Lunatic asylums Bombay report 1878-1890 - 1878-1890
Year: 1878
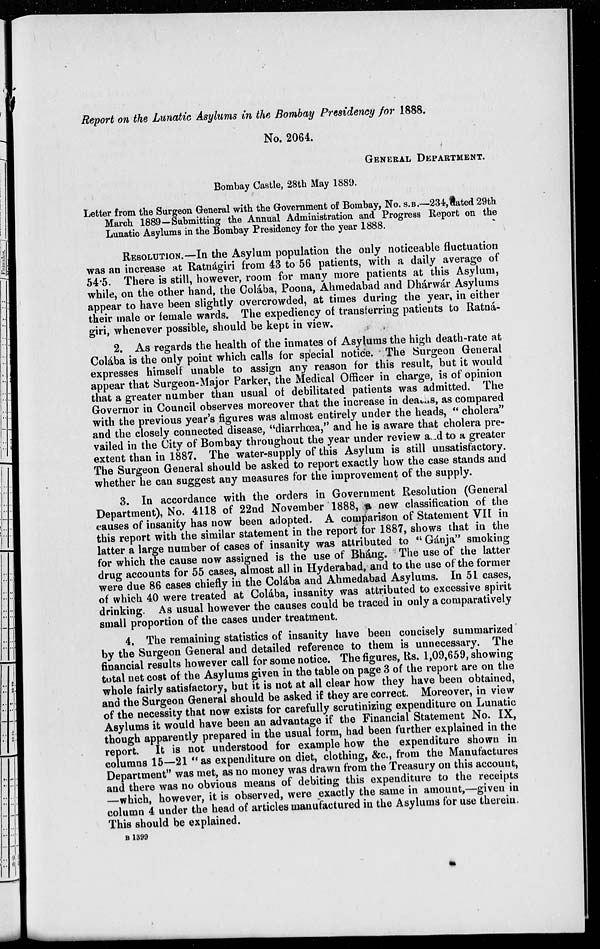
Report on the Lunatic Asylums in the Bombay Presidency for 1888.
No. 2064.
GENERAL DEPARTMENT.
Bombay Castle, 28th May 1889.
Letter from the Surgeon General with the Government of Bombay, No. S.B.—234, dated 29th
March 1889—Submitting the Annual Administration and Progress Report on the
Lunatic Asylums in the Bombay Presidency for the year 1888.
RESOLUTION.—In the Asylum population the only noticeable fluctuation
was an increase at Ratnágiri from 43 to 56 patients, with a daily average of
54.5. There is still, however, room for many more patients at this Asylum,
while, on the other hand, the Colába, Poona, Ahmedabad and Dhárwár Asylums
appear to have been slightly overcrowded, at times during the year, in either
their male or female wards. The expediency of transferring patients to Ratná-
giri, whenever possible, should be kept in view.
2. As regards the health of the inmates of Asylums the high death-rate at
Cotába is the only point which calls for special notice. The Surgeon General
expresses himself unable to assign any reason for this result, but it would
appear that Surgeon-Major Parker, the Medical Officer in charge, is of opinion
that a greater number than usual of debilitated patients was admitted. The
Governor in Council observes moreover that the increase in deaths, as compared
with the previous year's figures was almost entirely under the heads, "cholera"
and the closely connected disease, "diarrhœa," and he is aware that cholera pre-
vailed in the City of Bombay throughout the year under review and to a greater
extent than in 1887. The water-supply of this Asylum is still unsatisfactory
The Surgeon General should be asked to report exactly how the case stands and
whether he can suggest any measures for the improvement of the supply.
3. In accordance with the orders in Government Resolution (General
Department), No. 4118 of 22nd November 1888,
new classification of the
causes of insanity has now been adopted. A comparison of Statement VII in
this report with the similar statement in the report for 1887, shows that in the
latter a large number of cases of insanity was attributed to "Gánja" smoking
for which the cause now assigned is the use of Bháng. The use of the latter
drug accounts for 55 cases, almost all in Hyderabad, and to the use of the former
were due 86 cases chiefly in the Colába and Ahmedabad Asylums. In 51 cases,
of which 40 were treated at Colába, insanity was attributed to excessive spirit
drinking. As usual however the causes could be traced in only a comparatively
small proportion of the cases under treatment.
4. The remaining statistics of insanity have been concisely summarized
by the Surgeon General and detailed reference to them is unnecessary. The
financial results however call for some notice. The figures, Rs. 1,09,659, showing
total net cost of the Asylums given in the table on page 3 of the report are on the
whole fairly satisfactory, but it is not at all clear how they have been obtained,
and the Surgeon General should be asked if they are correct. Moreover, in view
of the necessity that now exists for carefully scrutinizing expenditure on Lunatic
Asylums it would have been an advantage if the Financial Statement No. IX,
though apparently prepared in the usual form, had been further explained in the
report. It is not understood for example how the expenditure shown in
columns 15—21 "as expenditure on diet, clothing, &c., from the Manufactures
Department" was met, as no money was drawn from the Treasury on this account,
and there was no obvious means of debiting this expenditure to the receipts
—which, however, it is observed, were exactly the same in amount,—given in
column 4 under the head of articles manufactured in the Asylums for use therein.
This should be explained.
B 1399